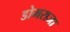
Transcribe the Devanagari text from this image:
डोमराजा